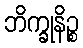
ဘိက္ခုနိဉ္စ